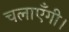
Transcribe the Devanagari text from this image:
चलाएँगी।